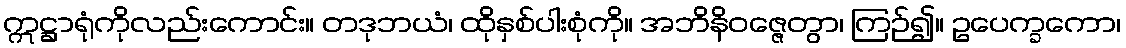
ဣဋ္ဌာရုံကိုလည်းကောင်း။ တဒုဘယံ၊ ထိုနှစ်ပါးစုံကို။ အဘိနိဝဇ္ဇေတွာ၊ ကြဉ်၍။ ဥပေက္ခကော၊